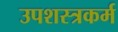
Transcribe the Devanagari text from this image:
उपशस्त्रकर्म